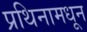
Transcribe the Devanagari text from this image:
प्रथिनामधून